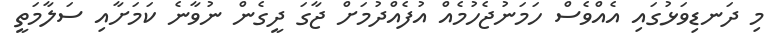
މި ދަނޑިވަޅުގައި އެއްވެސް ހަމަނުޖެހުމެއް އުފެއްދުމަށް ޖާގަ ދީގެން ނުވާނެ ކަމަށާއި ސަލާމަތީ